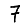
Digit: 7